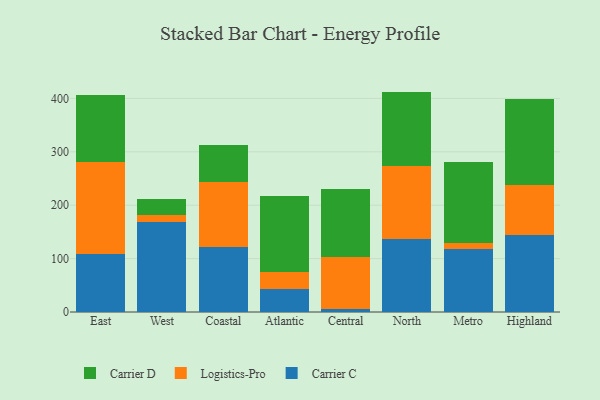
{"axis": {"x": "Region", "y": "Conversion Rate (%)"}, "legend": ["Carrier C", "Carrier D", "Logistics-Pro"], "data": [{"x": "East", "y": 109.2, "type": "Carrier C"}, {"x": "East", "y": 172.2, "type": "Logistics-Pro"}, {"x": "East", "y": 124.7, "type": "Carrier D"}, {"x": "West", "y": 168.5, "type": "Carrier C"}, {"x": "West", "y": 13.1, "type": "Logistics-Pro"}, {"x": "West", "y": 30.0, "type": "Carrier D"}, {"x": "Coastal", "y": 122.0, "type": "Carrier C"}, {"x": "Coastal", "y": 121.1, "type": "Logistics-Pro"}, {"x": "Coastal", "y": 69.9, "type": "Carrier D"}, {"x": "Atlantic", "y": 42.6, "type": "Carrier C"}, {"x": "Atlantic", "y": 32.9, "type": "Logistics-Pro"}, {"x": "Atlantic", "y": 141.4, "type": "Carrier D"}, {"x": "Central", "y": 5.5, "type": "Carrier C"}, {"x": "Central", "y": 97.3, "type": "Logistics-Pro"}, {"x": "Central", "y": 126.7, "type": "Carrier D"}, {"x": "North", "y": 136.4, "type": "Carrier C"}, {"x": "North", "y": 136.5, "type": "Logistics-Pro"}, {"x": "North", "y": 139.8, "type": "Carrier D"}, {"x": "Metro", "y": 118.2, "type": "Carrier C"}, {"x": "Metro", "y": 10.5, "type": "Logistics-Pro"}, {"x": "Metro", "y": 153.1, "type": "Carrier D"}, {"x": "Highland", "y": 143.8, "type": "Carrier C"}, {"x": "Highland", "y": 93.7, "type": "Logistics-Pro"}, {"x": "Highland", "y": 160.9, "type": "Carrier D"}]}